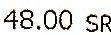
48.00 SR